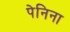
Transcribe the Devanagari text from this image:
पेनिना